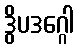
ဒွိပဒဂ္ဂေါ